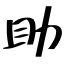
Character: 助